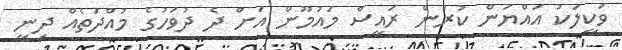
ވަކީލަކު އައްޔަން ކުރަން ރައީސް މައުމޫން އަށް ދެ ދުވަހުގެ މުއްދަތެއް ދިނީ